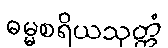
ဓမ္မစရိယသုတ္တံ